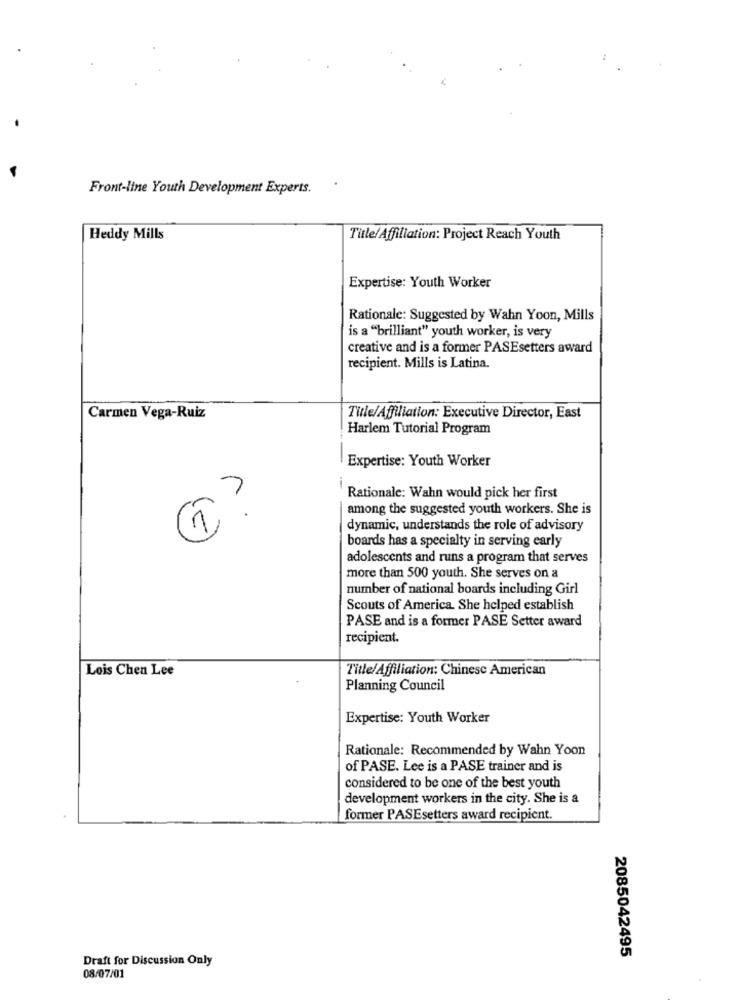
Front-line Youth Development Experts.
Heddy Mills
Title/Affiliation: Project Reach Youth
Expertise: Youth Worker
Rationale: Suggested by Wahn Yoon, Mills
is a "brilliant" youth worker, is very
creative and is a former PASEsetters award
recipient. Mills is Latina.
Carmen Vega-Ruiz
Tile/Affiliation: Executive Director, East
Harlem Tutorial Program
Expertise: Youth Worker
Rationale: Wahn would pick her first
among the suggested youth workers. She is
dynamic, understands the role of advisory
boards has a specialty in serving early
adolescents and runs a program that serves
more than 500 youth. She serves on a
number of national boards including Girl
Scouts of America. She helped establish
PASE and is a former PASE Setter award
recipient.
Lois Chen Lee
Title/Affiliation: Chinese American
Planning Council
Expertise: Youth Worker
Rationale: Recommended by Wahn Yoon
of PASE. Lee is a PASE trainer and is
considered to be one of the best youth
development workers in the city. She is a
former PASEsetters award recipient.
Draft for Discussion Only
2085042495
08/07/01